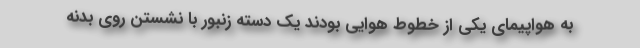
به هواپیمای یکی از خطوط هوایی بودند یک دسته زنبور با نشستن روی بدنه